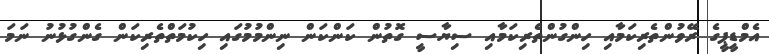
އެމްޑީޕީގެ ރޭވުންތެރިކަމާއި ހިންގުންތެރިކަމާއި ސިޔާސީ ގޮތުން ކަންކަން ނިންމުމުގައި ހިކުމަތްތެރިކަން ގެންގުޅުނު ނަމަ